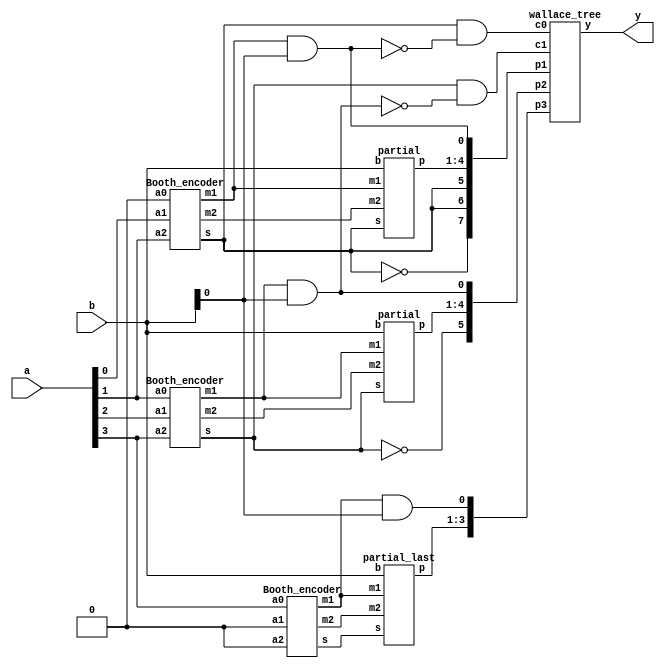
// Simple 4 bit multiplier based on Modified booth encoding and Wallace tree multiplier


module mul_4bit (a, b, y);
input [3:0] a, b;
output [7:0] y;

wire [2:0] sel_m, sel_2m, sign;
wire [7:0] p1;
wire [5:0] p2;
wire [3:0] p3;
wire c0, c1;


// To generate lsbi and ci (to merge lsb partial product with sign bit)
assign p1[0] = sel_m[0] & b[0];
assign c0 = sign[0] & ~p1[0];
assign p2[0] = sel_m[1] & b[0];
assign c1 = sign[1] & ~p2[0];
assign p3[0] = sel_m[2] & b[0];
assign p1[5] = sign[0];
assign p1[6] = sign[0];
assign p1[7] = ~sign[0];
assign p2[5] = ~sign[1];



// Booth Encoder circuit generating sel_m and sel_2m signals

Booth_encoder E0 (sel_m[0], sel_2m[0], sign[0], a[1], a[0], 1'b0);
Booth_encoder E1 (sel_m[1], sel_2m[1], sign[1], a[3], a[2], a[1]);
Booth_encoder E2 (sel_m[2], sel_2m[2], sign[2], 1'b0, 1'b0, a[3]);

// Partial product generator circuits
partial A0 (p1[4:1], sel_m[0], sel_2m[0], sign[0], b);
partial A1 (p2[4:1], sel_m[1], sel_2m[1], sign[1], b);
partial_last B0 (p3[3:1], sel_m[2], sel_2m[2], sign[2], b);

wallace_tree W (y, p1, p2, p3, c0, c1);

endmodule

// Booth Encoder circuit

module Booth_encoder (m1, m2, s, a2, a1, a0);
input a2, a1, a0;
output m1, m2, s;
wire t;
assign s = a2;
xor G1 (m1, a1, a0);
xnor G2 (t, a2, a1);
nor G3 (m2, t, m1);
endmodule

// module to generate partial product
module partial (p, m1, m2, s, b);
input m1, m2, s;
input [3:0] b;
output [3:0] p;
wire [2:0] t1, t2, t3;
wire t_msb;
genvar i;
generate for (i = 0; i < 3; i = i + 1)
begin : pargt
and G1 (t1[i], m2, b[i]);
and G2 (t2[i], m1, b[i+1]);
or G3 (t3[i], t1[i], t2[i]);
xor G4 (p[i], t3[i], s);
end
endgenerate
and A1 (t_msb, m2, b[3]);
xor A2 (p[3], t_msb, s);

endmodule

module partial_last (p, m1, m2, s, b);
input m1, m2, s;
input [3:0] b;
output [2:0] p;
wire [2:0] t1, t2, t3;
genvar i;
generate for (i = 0; i < 3; i = i + 1)
begin : pargt
and G1 (t1[i], m2, b[i]);
and G2 (t2[i], m1, b[i+1]);
or G3 (t3[i], t1[i], t2[i]);
xor G4 (p[i], t3[i], s);
end
endgenerate
endmodule

//module ends here

module wallace_tree (y, p1, p2, p3, c0, c1);
input [7:0] p1;
input [5:0] p2;
input [3:0] p3;
input c0, c1;
output [7:0] y;
wire [7:0] s, cy;
wire c1_out;
reg cin = 1'b0;

HA H0 (s[0], cy[0], p1[1], c0);
HA H1 (s[1], cy[1], p1[2], p2[0]);
FA F0 (s[2], cy[2], p1[3], p2[1], c1);
FA F1 (s[3], cy[3], p1[4], p2[2], p3[0]);
FA F2 (s[4], cy[4], p1[5], p2[3], p3[1]);
FA F3 (s[5], cy[5], p1[6], p2[4], p3[2]);
FA F4 (s[6], cy[6], p1[7], p2[5], p3[3]);

//Instantiating CLA adder for final addition
assign y[0] = p1[0];
assign y[1] = s[0];
cla_4bit C0 (c1_out, y[5:2], s[4:1], cy[3:0], cin);
cla_2bit C1 (y[7:6], s[6:5], cy[5:4], c1_out);
endmodule

// Implementing CLA

module cla_4bit (cout, y, a, b, cin);
input [3:0] a, b;
output [3:0] y;
output cout;
input cin;
wire [3:0] p, g;
wire c1, c2, c3;

assign c1 = (p[0] & cin) | g[0];
assign c2 = (p[1] & p[0] & cin) | (p[1] & g[0]) | g[1];
assign c3 = (p[2] & p[1] & p[0] & cin) | (p[2] & p[1] & g[0]) | (p[2] & g[1]) | g[2];
assign y[0] = p[0] ^ cin;
assign y[1] = p[1] ^ c1;
assign y[2] = p[2] ^ c2;
assign y[3] = p[3] ^ c3;
assign cout = (p[3] & c3) | g[3];

genvar i;
generate for (i = 0; i < 4; i = i + 1)
begin : png 
assign p[i] = a[i] ^ b[i];
assign g[i] = a[i] & b[i];
end
endgenerate
endmodule


module cla_2bit (y, a, b, cin);
input [1:0] a, b;
input cin;
output [1:0] y;
wire t;
wire [1:0] p, g;
assign p[0] = a[0] ^ b[0];
assign p[1] = a[1] ^ b[1];
assign g[0] = a[0] & b[0];
assign g[1] = a[1] & b[1];
assign t = (p[0] & cin) | g[0];
assign y[0] = p[0] ^ cin;
assign y[1] = p[1] ^ t;
endmodule

module FA (sum, cout, a, b, cin);
input a, b, cin;
output sum, cout;
assign sum = a ^ b ^ cin;
assign cout = (a & b)|(b & cin)|(cin & a);
endmodule

module HA (sum, cout, a, b);
input a, b;
output sum, cout;
assign sum = a ^ b;
assign cout = a & b;
endmodule